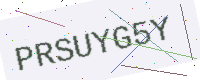
Text: PRSUYG5Y